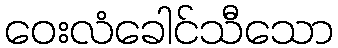
ဝေးလံခေါင်သီသော